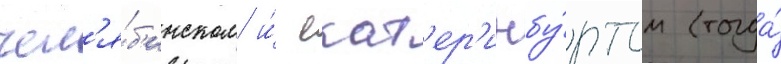
чел'я́б'инском и́ екат'ер'инбу́ргом (тогда́